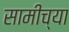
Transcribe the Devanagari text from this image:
सामीच्या